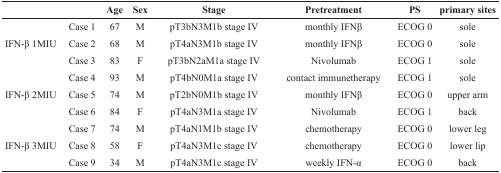
|  |  | Age | Sex | Stage | Pretreatment | PS | primary sites |
 | --- | --- | --- | --- | --- | --- | --- | --- |
 |  | Case 1 | 67 | M | pT3bN3M1b stage IV | monthly IFNβ | ECOG 0 | sole |
 | IFN-β 1MIU | Case 2 | 68 | M | pT4aN3M1b stage IV | monthly IFNβ | ECOG 0 | sole |
 |  | Case 3 | 83 | F | pT3bN2aM1a stage IV | Nivolumab | ECOG 1 | sole |
 |  | Case 4 | 93 | M | pT4bN0M1a stage IV | contact immunetherapy | ECOG 1 | sole |
 | IFN-β 2MIU | Case 5 | 74 | M | pT2bN0M1b stage IV | monthly IFNβ | ECOG 0 | upper arm |
 |  | Case 6 | 84 | F | pT4aN3M1a stage IV | Nivolumab | ECOG 1 | back |
 |  | Case 7 | 74 | M | pT4aN1M1b stage IV | chemotherapy | ECOG 0 | lower leg |
 | IFN-β 3MIU | Case 8 | 58 | F | pT4aN3M1c stage IV | chemotherapy | ECOG 0 | lower lip |
 |  | Case 9 | 34 | M | pT4aN3M1c stage IV | weekly IFN-α | ECOG 0 | back |